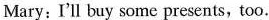
Mary: I'll buy some presents, too.